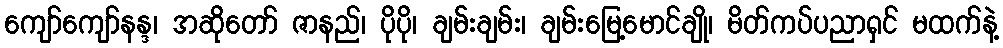
ကျော်ကျော်နန္ဒ၊ အဆိုတော် ဇာနည်၊ ပိုပို၊ ချမ်းချမ်း၊ ချမ်းမြေ့မောင်ချို၊ မိတ်ကပ်ပညာရှင် မထက်နဲ့